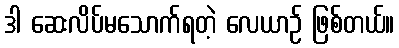
ဒါ ဆေးလိပ်မသောက်ရတဲ့ လေယာဉ် ဖြစ်တယ်။